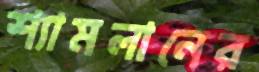
শ্যামলানের